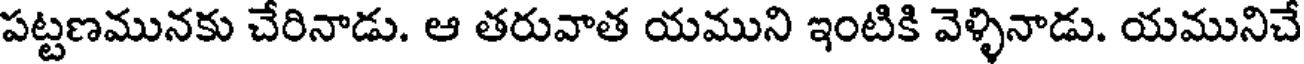
పట్టణమునకు చేరినాడు. ఆ తరువాత యముని ఇంటికి వెళ్ళినాడు. యమునిచే